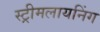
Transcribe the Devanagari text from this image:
स्ट्रीमलायनिंग